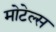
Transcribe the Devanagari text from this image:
मोटेल्स